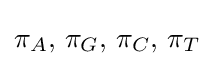
\pi _{A},\,\pi _{G},\,\pi _{C},\,\pi _{T}